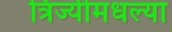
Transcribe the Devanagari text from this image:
त्रिज्यीमधल्या